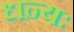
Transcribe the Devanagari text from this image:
धन्यः